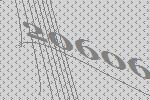
20606